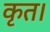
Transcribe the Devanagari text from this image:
कृत।